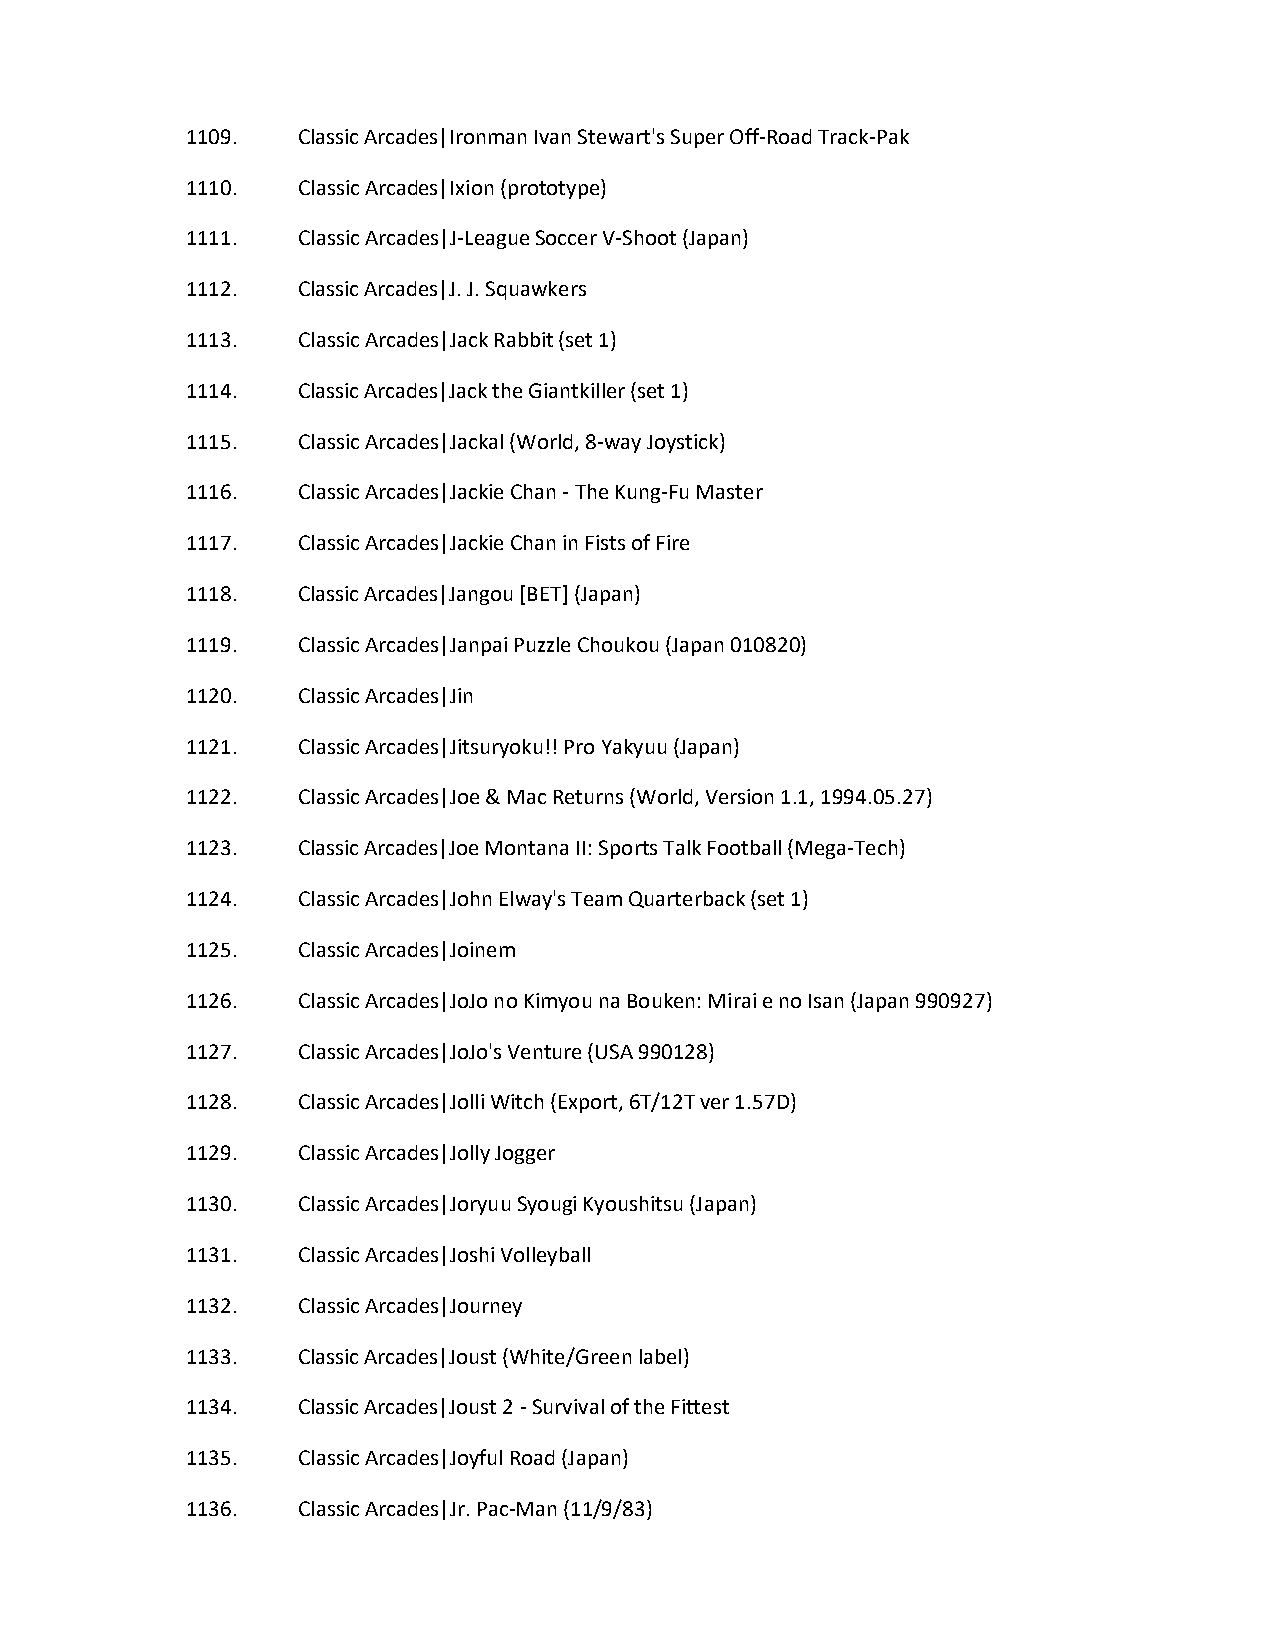
1109.   Classic Arcades|Ironman Ivan Stewart's Super Off-Road Track-Pak
 1110.   Classic Arcades|Ixion (prototype)
 1111.   Classic Arcades|J-League Soccer V-Shoot (Japan)
 1112.   Classic Arcades|J. J. Squawkers
 1113.   Classic Arcades|Jack Rabbit (set 1)
 1114.   Classic Arcades|Jack the Giantkiller (set 1)
 1115.   Classic Arcades|Jackal (World, 8-way Joystick)
 1116.   Classic Arcades|Jackie Chan - The Kung-Fu Master
 1117.   Classic Arcades|Jackie Chan in Fists of Fire
 1118.   Classic Arcades|Jangou [BET] (Japan)
 1119.   Classic Arcades|Janpai Puzzle Choukou (Japan 010820)
 1120.   Classic Arcades|Jin
 1121.   Classic Arcades|Jitsuryoku!! Pro Yakyuu (Japan)
 1122.   Classic Arcades|Joe & Mac Returns (World, Version 1.1, 1994.05.27)
 1123.   Classic Arcades|Joe Montana II: Sports Talk Football (Mega-Tech)
 1124.   Classic Arcades|John Elway's Team Quarterback (set 1)
 1125.   Classic Arcades|Joinem
 1126.   Classic Arcades|JoJo no Kimyou na Bouken: Mirai e no Isan (Japan 990927)
 1127.   Classic Arcades|JoJo's Venture (USA 990128)
 1128.   Classic Arcades|Jolli Witch (Export, 6T/12T ver 1.57D)
 1129.   Classic Arcades|Jolly Jogger
 1130.   Classic Arcades|Joryuu Syougi Kyoushitsu (Japan)
 1131.   Classic Arcades|Joshi Volleyball
 1132.   Classic Arcades|Journey
 1133.   Classic Arcades|Joust (White/Green label)
 1134.   Classic Arcades|Joust 2 - Survival of the Fittest
 1135.   Classic Arcades|Joyful Road (Japan)
 1136.   Classic Arcades|Jr. Pac-Man (11/9/83)